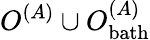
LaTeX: O^{(A)}\cup O_{\mathrm{bath}}^{(A)}